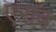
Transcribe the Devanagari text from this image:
एराब